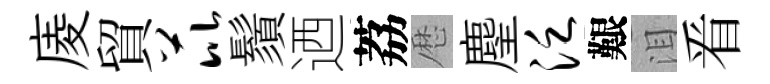
庱貿芘鬚迺荔厯麈泛艱泪㸔